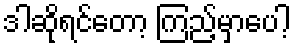
ဒါဆိုရင်တော့ ကြည့်မှာပေါ့